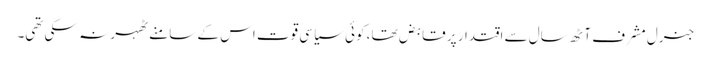
جنرل مشرف آٹھ سال سے اقتدار پر قابض تھا، کوئی سیاسی قوت اس کے سامنے ٹھہر نہ سکی تھی۔